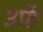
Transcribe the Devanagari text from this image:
उर्फ़े